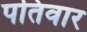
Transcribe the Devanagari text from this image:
पतिवार